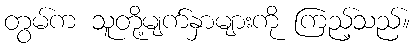
တွမ်က သူတို့မျက်နှာများကို ကြည့်သည်။